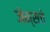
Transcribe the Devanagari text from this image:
जेम्सचे